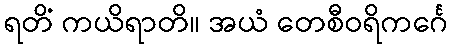
ရတိံ ကယိရာတိ။ အယံ တေစီဝရိကင်္ဂေ